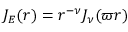
J _ { E } ( r ) = r ^ { - \nu } J _ { \nu } ( \varpi r )